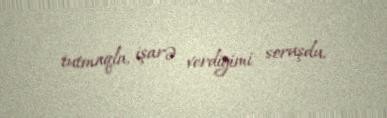
tutmaqla, işarə verdiyimi soruşdu.